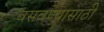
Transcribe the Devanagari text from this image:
वसवण्यासाठी